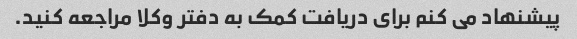
پیشنهاد می کنم برای دریافت کمک به دفتر وکلا مراجعه کنید.